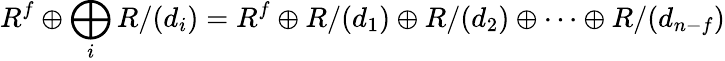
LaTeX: R^{f}\oplus\bigoplus_{i}R/(d_{i})=R^{f}\oplus R/(d_{1})\oplus R/(d_{2})\oplus\cdots\oplus R/(d_{n-f})